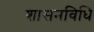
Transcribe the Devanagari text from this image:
शासनविधि